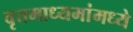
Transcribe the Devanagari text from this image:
वृत्तमाध्यमांमध्ये